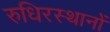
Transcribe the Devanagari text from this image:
रुधिरस्थानों